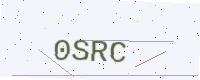
Text: 0SRC